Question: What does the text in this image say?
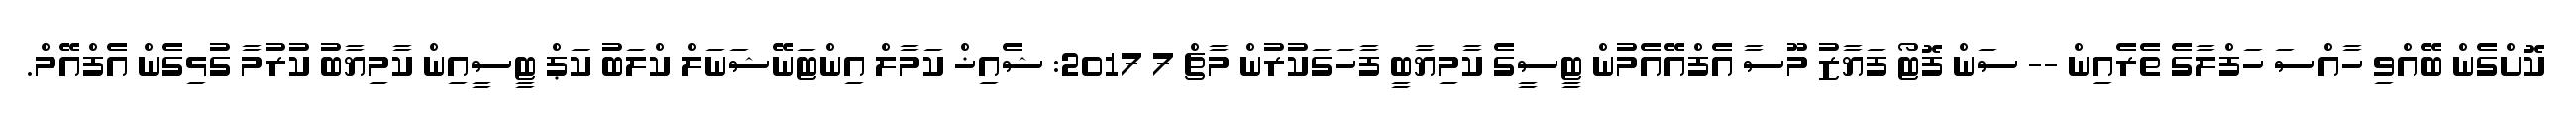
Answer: ކޮށްގެން ބޭއްވި ހާއްސަ ހަފްލާގެ ތެރެއިން -- ސަން ފޮޓޯ ފަޔާޒު މޫސާ އެފްއޭއެމުން ޓީސީގެ ކާމިޔާބީ ފާހަގަކުރުން މާޗް 7 2017: ޝެއިޚް ކަމާލް އިންޓަނޭޝަނަލް ކްލަބު ކަޕް ޓީސީއިން ކާމިޔާބު ކުރުމާ ގުޅިގެން އެފްއޭމް.